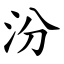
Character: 汾